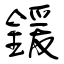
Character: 鍰